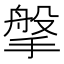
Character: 搫